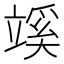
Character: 𥪦